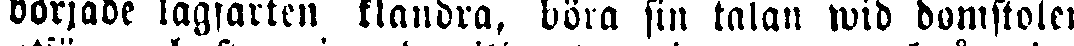
började lagfarten klandra, böra sin talan wid domstolen